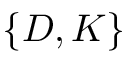
\{ D , K \}